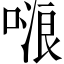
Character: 𠺘